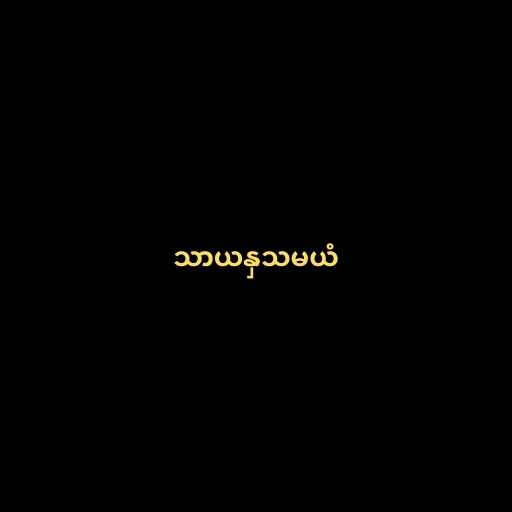
သာယနှသမယံ